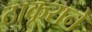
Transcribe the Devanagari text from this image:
ठाकूराने